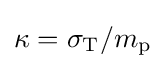
\kappa =\sigma _{\rm {T}}/m_{\rm {p}}